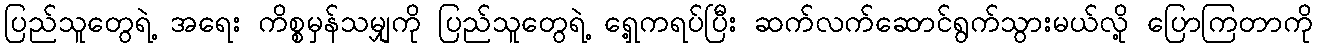
ပြည်သူတွေရဲ့ အရေး ကိစ္စမှန်သမျှကို ပြည်သူတွေရဲ့ ရှေ့ကရပ်ပြီး ဆက်လက်ဆောင်ရွက်သွားမယ်လို့ ပြောကြတာကို